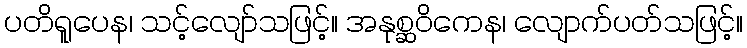
ပတိရူပေန၊ သင့်လျော်သဖြင့်။ အနုစ္ဆဝိကေန၊ လျောက်ပတ်သဖြင့်။